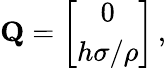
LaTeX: \begin{array}{r}{{\mathbf Q}=\left[\begin{array}{c}{0}\\ {h\sigma/\rho}\end{array}\right]\, ,}\end{array}